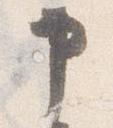
申